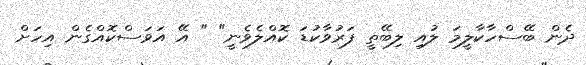
ދެން ބޭސްހާކާލީމަ ލުއި ލިބޭތީ ފަރުވާކުޑަ ކޮއްލެވެނީ" " އޭ އަވަސްކޮއްގެން އިހަށް